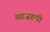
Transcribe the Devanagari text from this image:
व्याजरुपी